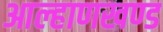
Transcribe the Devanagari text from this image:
आल्हाणखण्ड